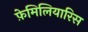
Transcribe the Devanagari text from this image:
फ़ेमिलियारिस